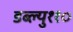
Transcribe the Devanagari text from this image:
डब्ल्यु११०